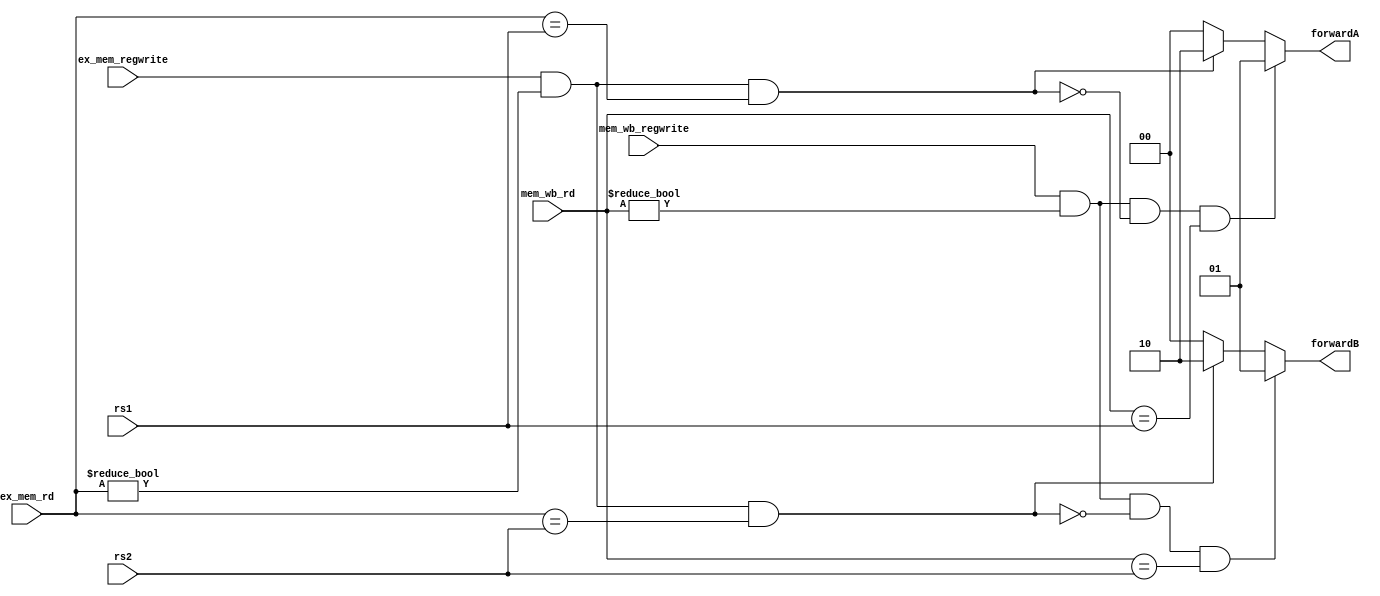
module forwarding(input [4:0] rs1,
                  input [4:0] rs2,
                  input [4:0] ex_mem_rd,
                  input [4:0] mem_wb_rd,
                  input ex_mem_regwrite,
                  input mem_wb_regwrite,
                  output reg [1:0] forwardA, forwardB);

always@(*) begin
    if(ex_mem_regwrite && (ex_mem_rd != 0) && (ex_mem_rd == rs1)) begin
        forwardA = 10;
    end
    else begin
        forwardA = 00;
    end
    if(ex_mem_regwrite && (ex_mem_rd != 0) && (ex_mem_rd == rs2)) begin
        forwardB = 10;
    end
    else begin
        forwardB = 00;
    end
    
    if(mem_wb_regwrite && (mem_wb_rd != 0) && !(ex_mem_regwrite && (ex_mem_rd != 0)
                                                && (ex_mem_rd == rs1)) && (mem_wb_rd == rs1)) begin
        forwardA = 01;
    end
    if(mem_wb_regwrite && (mem_wb_rd != 0) && !(ex_mem_regwrite && (ex_mem_rd != 0)
                && (ex_mem_rd == rs2)) && (mem_wb_rd == rs2)) begin
        forwardB = 01;
    end
end
                  
endmodule